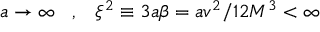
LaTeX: a \rightarrow \infty \, \, \, \, \, , \, \, \, \, \, \xi ^ { 2 } \equiv 3 a \beta = a v ^ { 2 } / 1 2 M ^ { 3 } < \infty